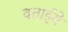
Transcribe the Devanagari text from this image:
बताईये